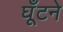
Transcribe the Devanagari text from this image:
घूँटने